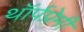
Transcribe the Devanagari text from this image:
थॉर्पप्रेमी